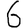
Digit: 6